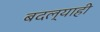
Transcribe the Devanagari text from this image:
बदल्याही